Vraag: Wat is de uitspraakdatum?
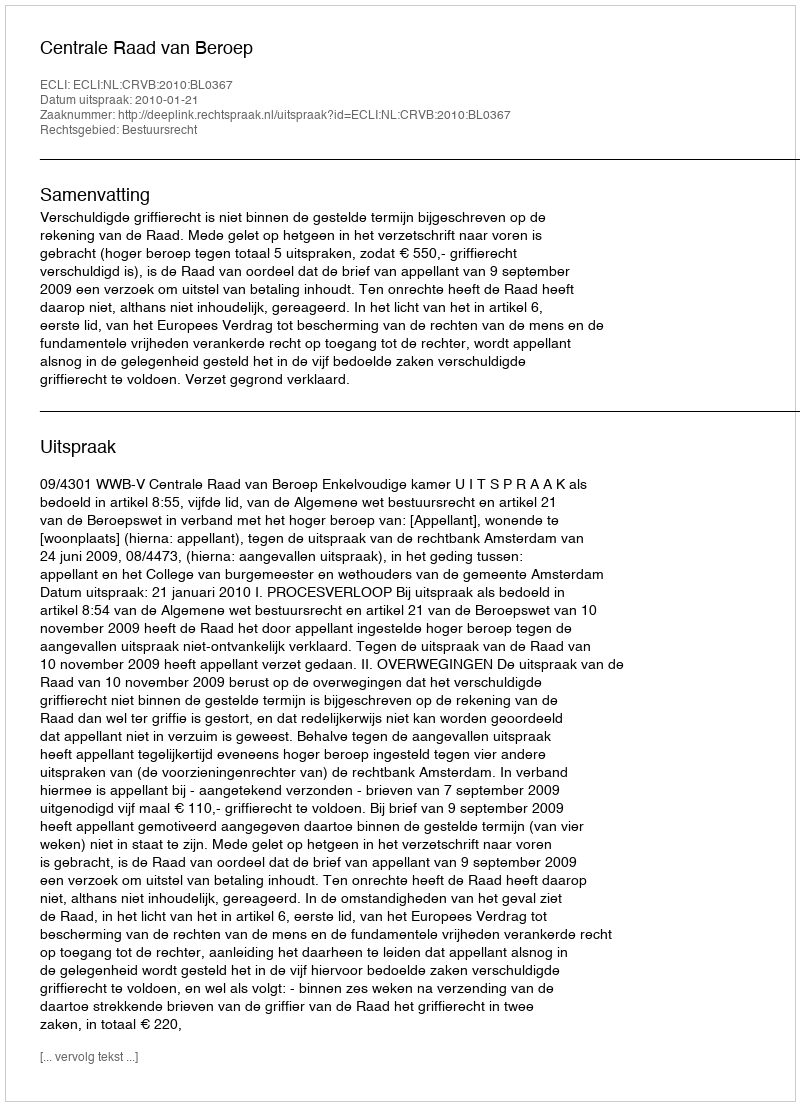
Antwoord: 2010-01-21